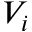
V _ { i }